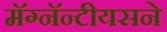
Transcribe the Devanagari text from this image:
मॅग्नॅन्टीयसने